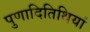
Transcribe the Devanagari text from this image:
पुणादितिथियां